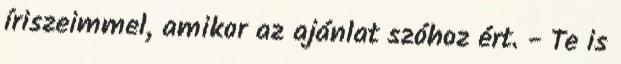
íriszeimmel, amikor az ajánlat szóhoz ért. - Te is